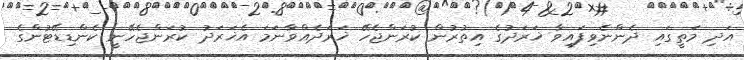
އަދި މަތީގައި ދެންނެވިފައިވާ ޚަރަދުގެ އިތުރުން ކުރަންޖެހޭ ޚަރަދެއްވާނަމަ އެޚަރަދު ކުރަންޖެހޭނީ ކެންޑިޑޭޓުންގެ